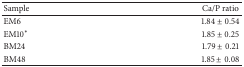
| Sample | Ca/P ratio |
 | --- | --- |
 | EM6 | 1.84 ± 0.54 |
 | EM10∗ | 1.85 ± 0.25 |
 | BM24 | 1.79 ± 0.21 |
 | BM48 | 1.85 ± 0.08 |